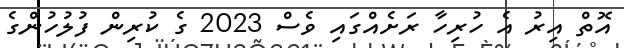
އޮތް އިރު އެ ހުރިހާ ރަށެއްގައި ވެސް 2023 ގެ ކުރިން ފުލުހުންގެ